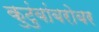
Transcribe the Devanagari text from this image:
कुटुंबांबरोबर